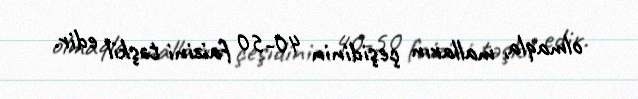
olmaqla, malların çeşidinin 40-50 faizini təşkil edir.